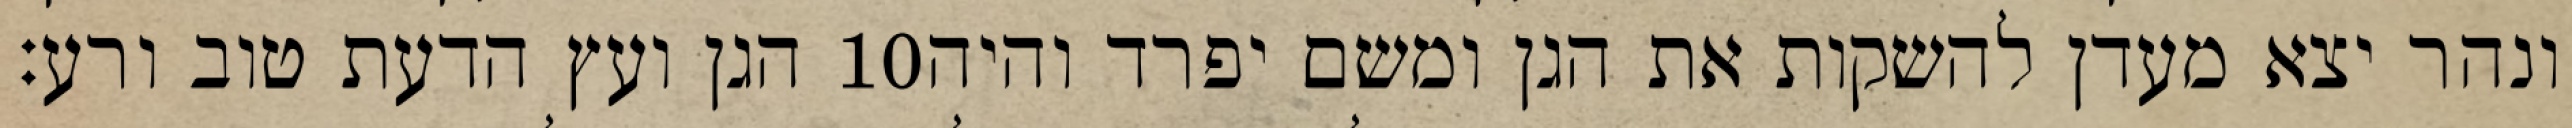
הגן ועץ הדעת טוב ורע׃ ‎10‏ ונהר יצא מעדן להשקות את הגן ומשם יפרד והיה